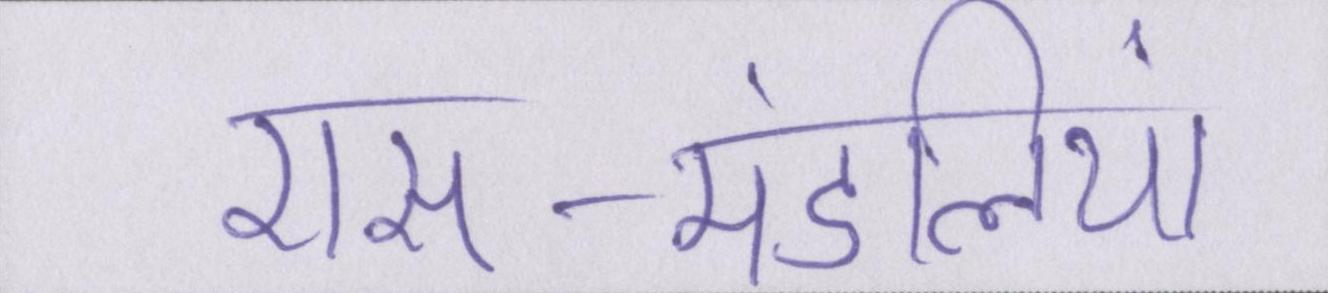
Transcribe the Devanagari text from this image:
रास-मंडलियां